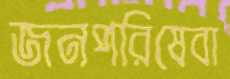
জনপরিষেবা